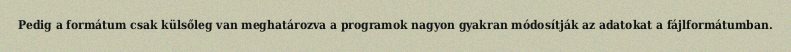
Pedig a formátum csak külsőleg van meghatározva a programok nagyon gyakran módosítják az adatokat a fájlformátumban.